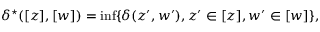
\delta ^ { \star } ( [ z ] , [ w ] ) = \operatorname* { i n f } \{ \delta ( z ^ { \prime } , w ^ { \prime } ) , z ^ { \prime } \in [ z ] , w ^ { \prime } \in [ w ] \} ,